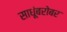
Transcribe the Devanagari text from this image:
साधूंबरोबर